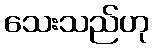
သေးသည်ဟု